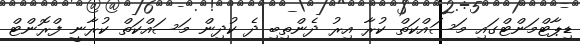
ޑިޕާޓްމަންޓްގައި މަސައްކަތް ކުރާ އިރު ދެންތިބި ދެ ކުދިން މަސައްކަތް ކުރާނީ ފްރޮންޓް